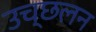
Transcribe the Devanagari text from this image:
उच्छलन